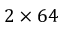
2 \times 6 4